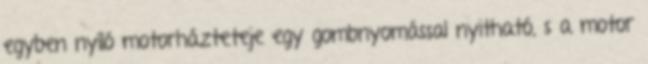
egyben nyíló motorházteteje egy gombnyomással nyitható, s a motor